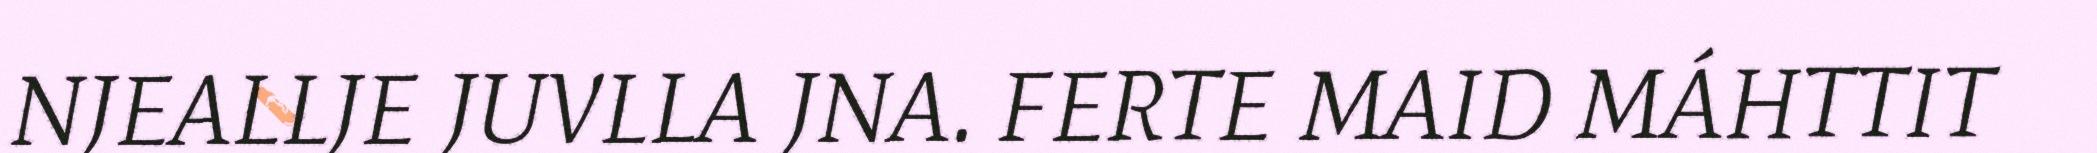
NJEALLJE JUVLLA JNA. FERTE MAID MÁHTTIT